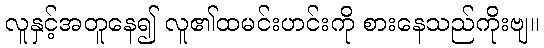
လူနှင့်အတူနေ၍ လူ၏ထမင်းဟင်းကို စားနေသည်ကိုးဗျ။